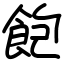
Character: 飽